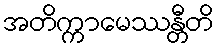
အတိက္ကာမေဿန္တီတိ